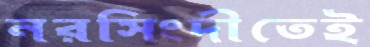
নরসিংদীতেই